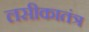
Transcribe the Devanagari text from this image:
लसीकातंत्र